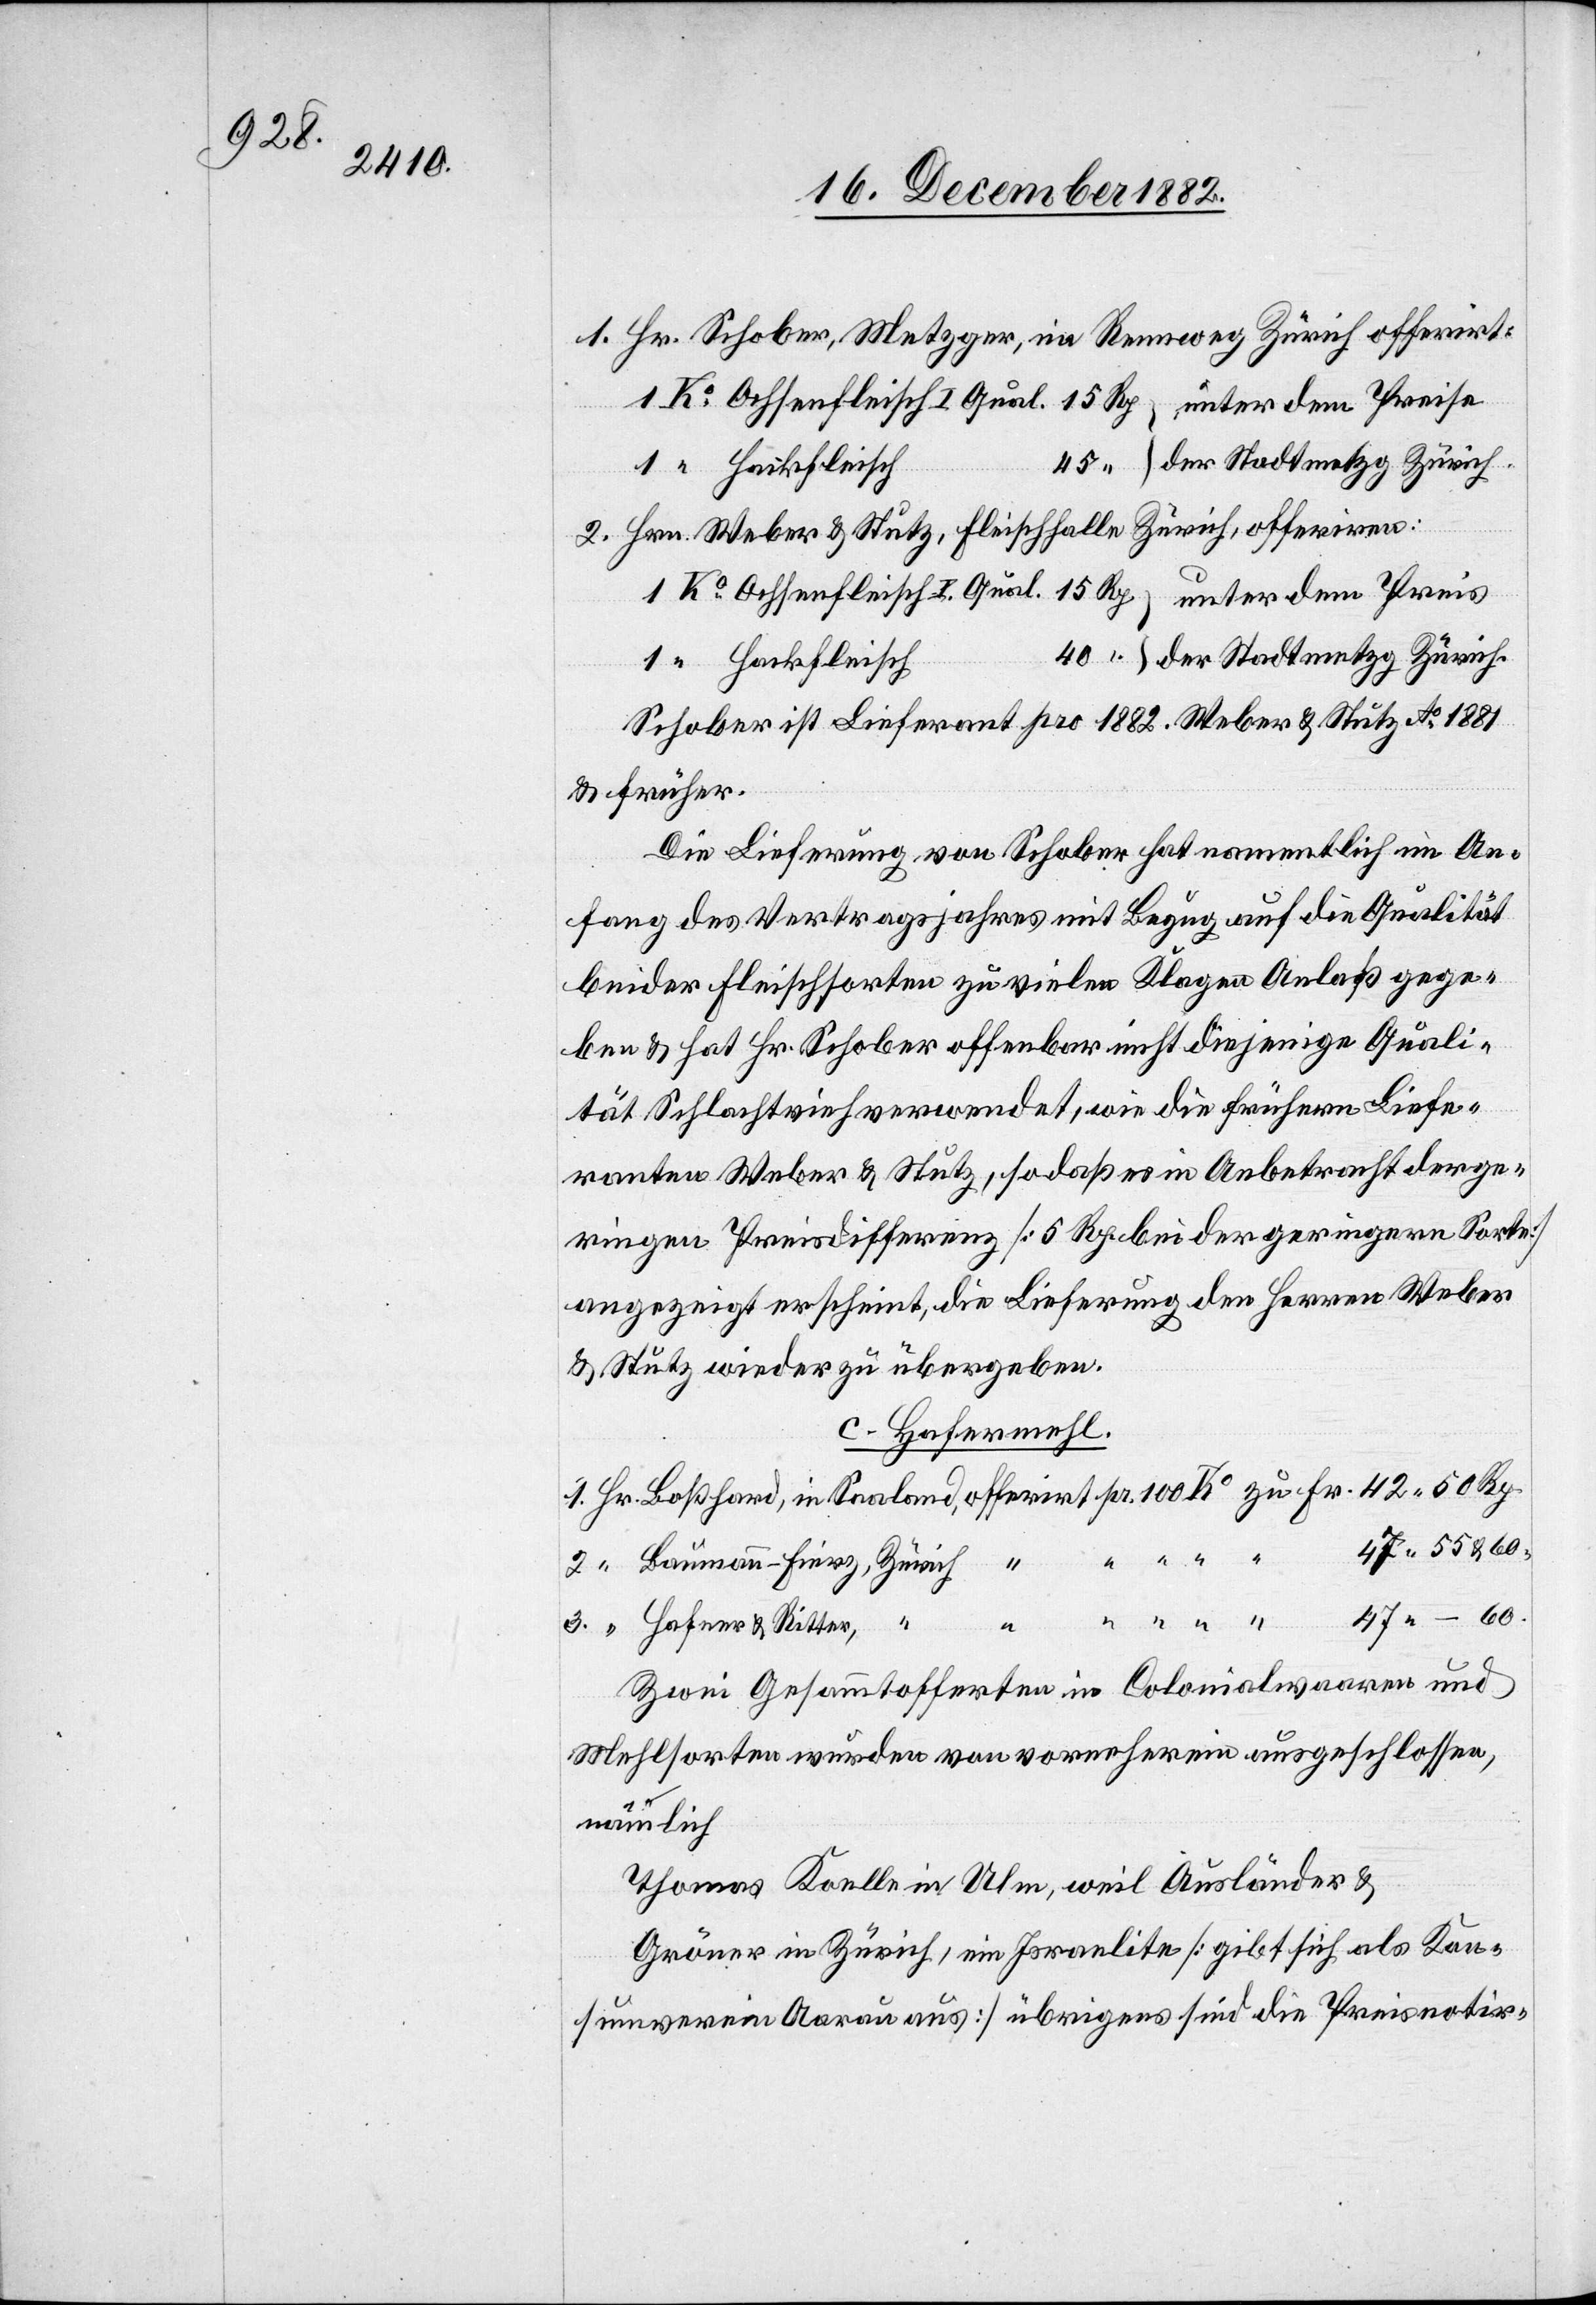
& 60.

3.
der Stadtmetzg Zürich.
Ritter,
Hackfleisch
Schober ist Lieferant pro 1882. Weber & Stutz Ao 1881
& früher.
Die Lieferung von Schober hat namentlich im An¬
fang des Vertragsjahres mit Bezug auf die Qualität
beider Fleischsorten zu vielen Klagen Anlaß gege¬
ben & hat Hr. Schober offenbar nicht diejenige Quali¬
tät Schlachtvieh verwendet, wie die frühern Liefe¬
ranten Weber & Stutz, sodaß es in Anbetracht der ge¬
ringen Preisdifferenz [5 Rp. bei der geringern Sorte]
angezeigt erscheint, die Lieferung den Herren Weber
& Stutz wieder zu übergeben.
c. Hafermehl.
Zwei Gesammtofferten in Colonialwaaren und
Mehlsorten wurden von vorneherein ausgeschlossen,
nämlich
Thomas Koelle in Ulm, weil Ausländer &
Gröner in Zürich, Israelite [gibt sich als Kon¬
sumverein Aarau aus] übrigens sind die Preisnotir-